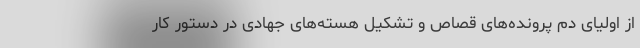
از اولیای دم پرونده‌های قصاص و تشکیل هسته‌های جهادی در دستور کار